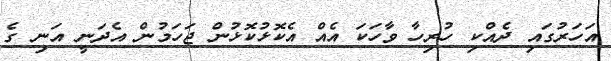
އަހަރުގައި ދެއްކި ހުރިހާ ވާހަކަ އެއް އެކޮޅުކޮޅުން ޖަހަމުން އެދަނީ އަނި ގެ